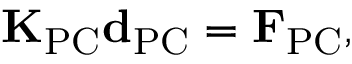
{ \bf K } _ { \mathrm { P C } } { \bf d } _ { \mathrm { P C } } = { \bf F } _ { \mathrm { P C } } ,